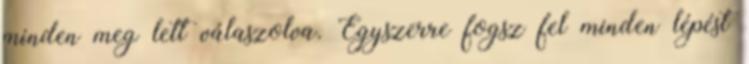
minden meg lett válaszolva. Egyszerre fogsz fel minden lépést